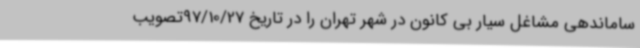
ساماندهی مشاغل سیار بی کانون در شهر تهران را در تاریخ 97/10/27تصویب